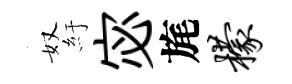
奴紆宓旄檬